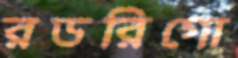
রডরিগো